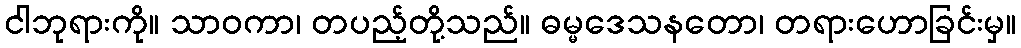
ငါဘုရားကို။ သာဝကာ၊ တပည့်တို့သည်။ ဓမ္မဒေသနတော၊ တရားဟောခြင်းမှ။